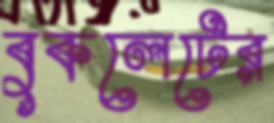
বুকলেটের